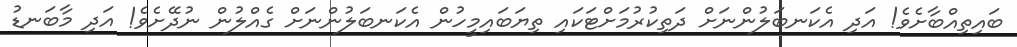
ބައިތިއްބާށެވެ! އަދި އެކަނބަލުންނަށް ދަތިކުރުމަށްޓަކައި ތިޔަބައިމީހުން އެކަނބަލުންނަށް ގެއްލުން ނުދޭށެވެ! އަދި މާބަނޑު